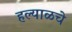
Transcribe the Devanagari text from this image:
हल्याळचे